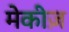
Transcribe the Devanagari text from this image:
मेकीज़